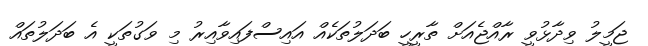
ޖަމީލު ވިދާޅުވީ ރާއްޖެއަށް ތާރީހީ ބަދަލުތަކެއް އައިސްފައިވާއިރު މި ވަގުތަކީ އެ ބަދަލުތައް